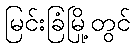
မြင်းခြံမြို့တွင်